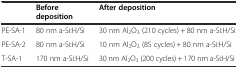
|  | Before deposition | After deposition |
 | --- | --- | --- |
 | PE-SA-1 | 80 nm a-Si:H/Si | 30 nm Al2O3 (210 cycles) + 80 nm a-Si:H/Si |
 | PE-SA-2 | 80 nm a-Si:H/Si | 10 nm Al2O3 (85 cycles) + 80 nm a-Si:H/Si |
 | T-SA-1 | 170 nm a-Si:H/Si | 30 nm Al2O3 (200 cycles) + 170 nm a-Si:H/Si |